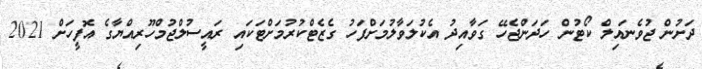
ދަށުން ޖުވެނައިލް ކޯޓުން ހަދަންޖެހޭ ގަވާއިދު އެކުލަވާލުމަށްފަހު ގެޒެޓްކުރުމަށްޓަކައި ރައީސުލްޖުމްހޫރިއްޔާގެ އޮފީހަށް 2021